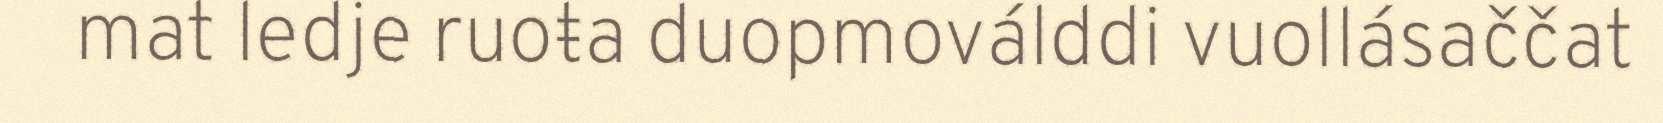
mat ledje ruoŧa duopmoválddi vuollásaččat